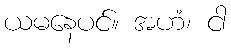
ယမနေပင်။ အဟံ၊ ငါ